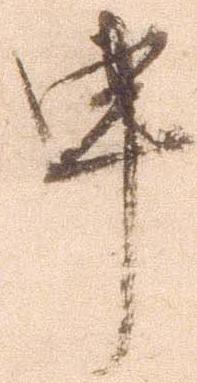
申